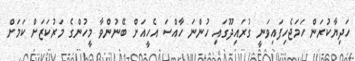
ހަދިޔާކުރަން ހަމަޖެހިފައިވަނީ ގުރައިދޫގައި ހުންނަ ހާއްސަ އެހީއަށް ބޭނުންވާ މީހުންގެ މަރުކަޒަށް ކަމަށް